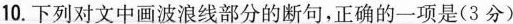
10.下列对文中画波浪线部分的断句，正确的一项是(3分)